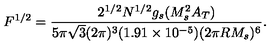
F ^ { 1 / 2 } = \frac { 2 ^ { 1 / 2 } N ^ { 1 / 2 } g _ { s } ( M _ { s } ^ { 2 } A _ { T } ) } { 5 \pi \sqrt { 3 } ( 2 \pi ) ^ { 3 } ( 1 . 9 1 \times 1 0 ^ { - 5 } ) ( 2 \pi R M _ { s } ) ^ { 6 } } .